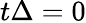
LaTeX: t\Delta=0